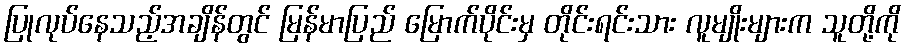
ပြုလုပ်နေသည့်အချိန်တွင် မြန်မာပြည် မြောက်ပိုင်းမှ တိုင်းရင်းသား လူမျိုးများက သူတို့ကို